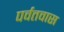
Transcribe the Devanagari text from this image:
पर्वतवास